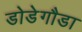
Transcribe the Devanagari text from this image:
डोडेगौडा